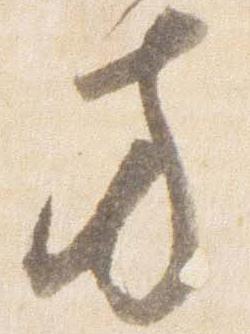
方